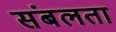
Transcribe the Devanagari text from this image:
संबलता